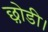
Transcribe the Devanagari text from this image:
छ़ोडी।